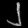
Digit: ၂